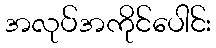
အလုပ်အကိုင်ပေါင်း